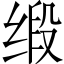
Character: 缎